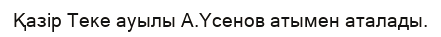
Қазір Теке ауылы А.Үсенов атымен аталады.